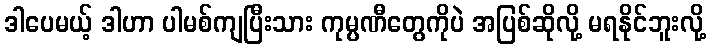
ဒါပေမယ့် ဒါဟာ ပါမစ်ကျပြီးသား ကုမ္ပဏီတွေကိုပဲ အပြစ်ဆိုလို့ မရနိုင်ဘူးလို့